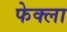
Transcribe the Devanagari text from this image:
फेक्ला